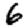
Digit: 6